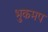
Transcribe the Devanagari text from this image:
भुकमप